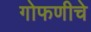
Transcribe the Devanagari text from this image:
गोफणीचे